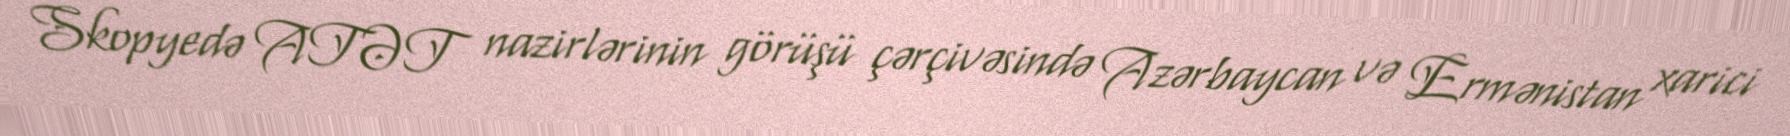
Skopyedə ATƏT nazirlərinin görüşü çərçivəsində Azərbaycan və Ermənistan xarici